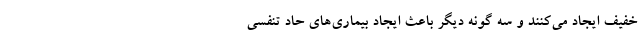
خفیف ایجاد می‌کنند و سه گونه دیگر باعث ایجاد بیماری‌های حاد تنفسی